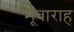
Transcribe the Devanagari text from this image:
भूवाराह